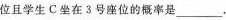
位且学生C坐在3号座位的概率是___.